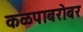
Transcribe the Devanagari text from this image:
कळपाबरोबर